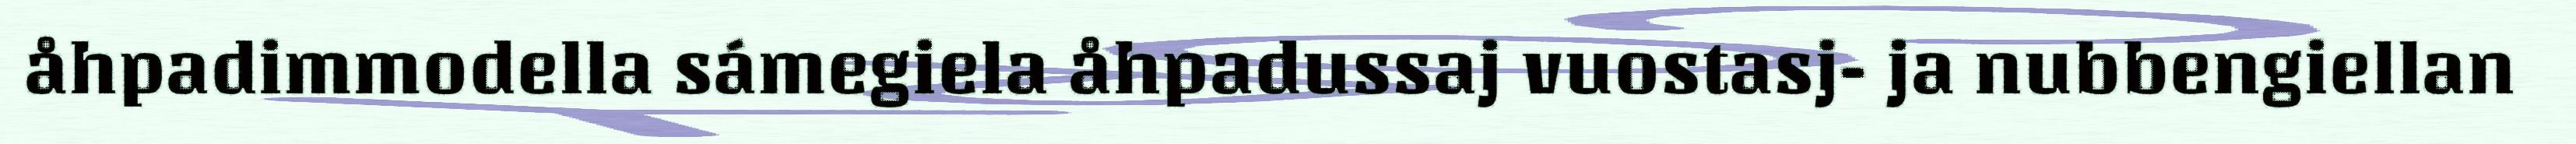
åhpadimmodella sámegiela åhpadussaj vuostasj- ja nubbengiellan